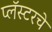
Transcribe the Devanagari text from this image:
प्लॅस्टरचे